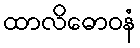
ထာလိဓောဝနံ